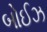
બોઈઝ